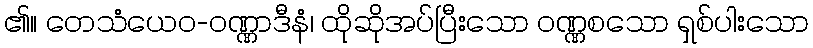
၏။ တေသံယေဝ-ဝဏ္ဏာဒီနံ၊ ထိုဆိုအပ်ပြီးသော ဝဏ္ဏစသော ရှစ်ပါးသော